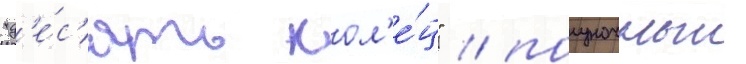
"д'е́с'ять кол'е́ц" / полуночныи